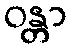
ဝန္တာ